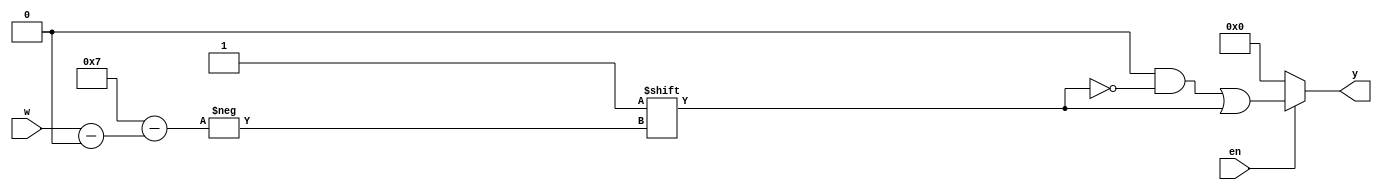
`timescale 1ns / 1ps

module decoder_generic
    #(parameter N = 3)
    (
    input [N - 1:0] w,
    input en,
    output reg [0: 2 ** N - 1] y
    );

    always @(w, en)
    begin
        y = 'b0; //default
        
        if (en)
            y[w] = 1'b1;
        else
            y = 'b0;  
    end
endmodule // DECODER_GENERIC